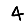
Digit: 4